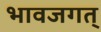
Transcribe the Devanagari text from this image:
भावजगत्